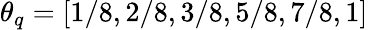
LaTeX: \theta_{q}=[1/8,2/8,3/8,5/8,7/8,1]